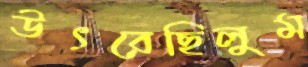
উৎরেছিলুম